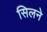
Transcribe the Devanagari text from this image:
सिलने